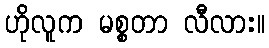
ဟိုလူက မစ္စတာ လီလား။